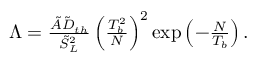
\begin{array} { r } { \Lambda = \frac { \tilde { A } \tilde { D } _ { t h } } { \tilde { S } _ { L } ^ { 2 } } \left( \frac { T _ { b } ^ { 2 } } { N } \right) ^ { 2 } \exp \left( - \frac { N } { T _ { b } } \right) . } \end{array}